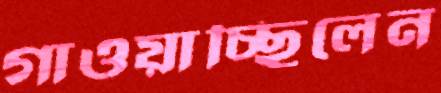
গাওয়াচ্ছিলেন